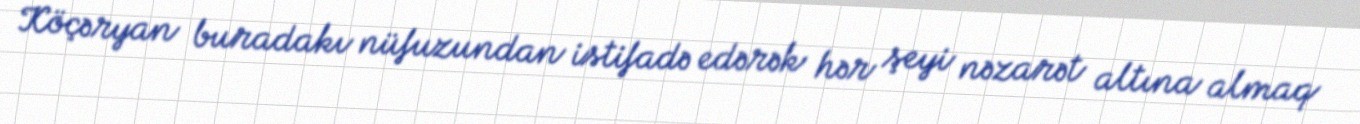
Köçəryan buradakı nüfuzundan istifadə edərək hər şeyi nəzarət altına almaq